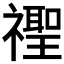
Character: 𱵭